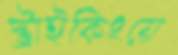
স্ট্রাইকিংয়ে